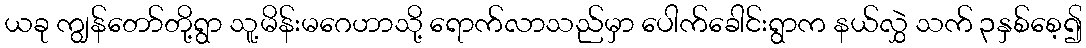
ယခု ကျွန်တော်တို့ရွာ သူ့မိန်းမဂေဟာသို့ ရောက်လာသည်မှာ ပေါက်ခေါင်းရွာက နယ်လွှဲ သက် ၃နှစ်စေ့၍